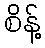
စိန့်